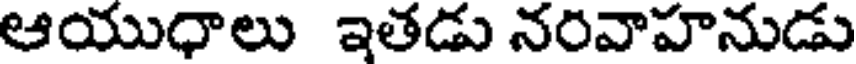
ఆయుధాలు ఇతడు నరవాహనుడు